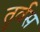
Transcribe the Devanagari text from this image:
तुर्वस